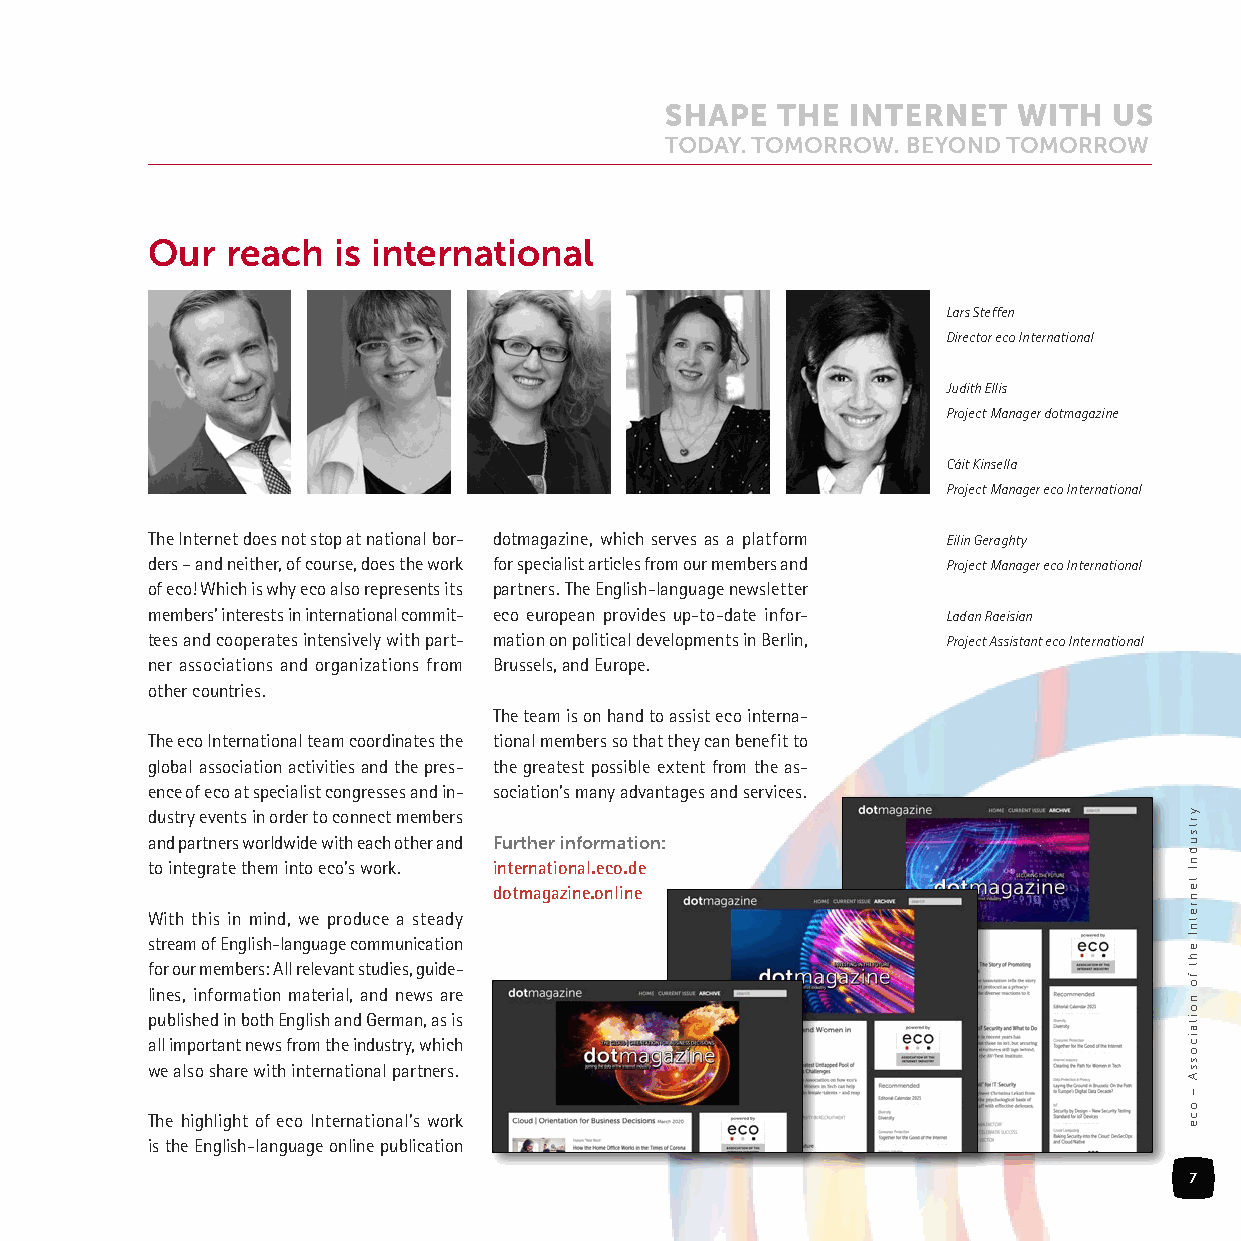
Our  reach  is international
 Lars Steffen
 Director eco International
 Judith Ellis
 Project Manager dotmagazine
 Cáit Kinsella
 Project Manager eco International
 The Internet does not stop at national bor- dotmagazine, which serves as a platform Eilin Geraghty
 ders – and neither, of course, does the work for specialist articles from our members and Project Manager eco International
 of eco! Which is why eco also represents its partners. The English-language newsletter
 members’ interests in international commit- eco european provides up-to-date infor- Ladan Raeisian
 tees and cooperates intensively with part- mation on political developments in Berlin, Project Assistant eco International
 ner associations and organizations from Brussels, and Europe.
 other countries.
 The team is on hand to assist eco interna-
 The eco International team coordinates the tional members so that they can benefit to
 global association activities and the pres- the greatest possible extent from the as-
 ence of eco at specialist congresses and in- sociation’s many advantages and services.
 dustry events in order to connect members
 and partners worldwide with each other and Further information:
 to integrate them into eco’s work. international.eco.de
 dotmagazine.online
 With this in mind, we produce a steady
 stream of English-language communication
 for our members: All relevant studies, guide-
 lines, information material, and news are
 published in both English and German, as is
 all important news from the industry, which
 we also share with international partners.
 The highlight of eco International’s work
 is the English-language online publication
 7
 yrtsudnI
 tenretnI
 eht
 fo
 noitaicossA
 –
 oce